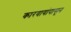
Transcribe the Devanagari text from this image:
कारवायांपासून